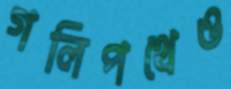
গলিপথেও